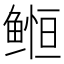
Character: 𱈈